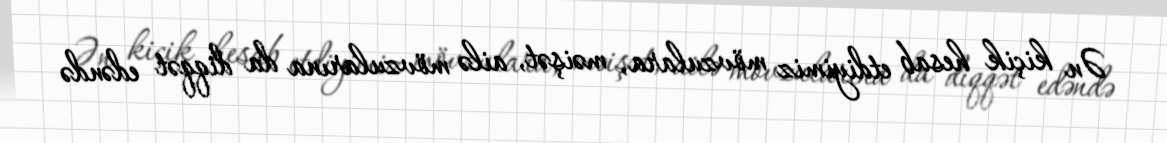
Ən kiçik hesab etdiyimiz mövzulara, məişət, ailə mövzularına da diqqət edəndə